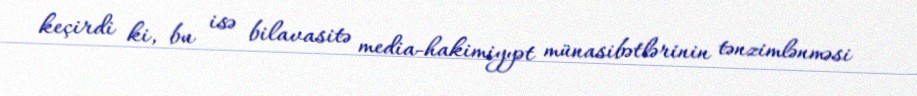
keçirdi ki, bu isə bilavasitə media-hakimiyyət münasibətlərinin tənzimlənməsi